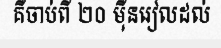
គឺចាប់ពី ២០ ម៉ឺនរៀលដល់